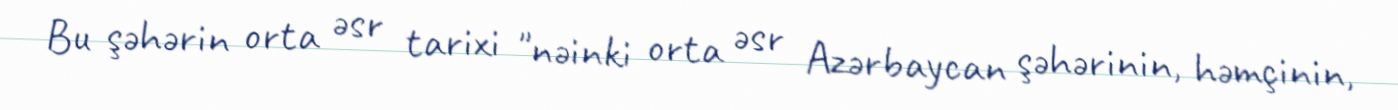
Bu şəhərin orta əsr tarixi "nəinki orta əsr Azərbaycan şəhərinin, həmçinin,